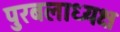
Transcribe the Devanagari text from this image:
पुरबलाध्यक्ष